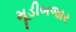
મૂડીબજાર